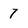
Character: 7